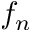
f _ { n }